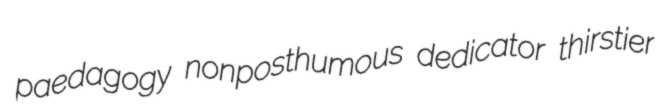
paedagogy nonposthumous dedicator thirstier